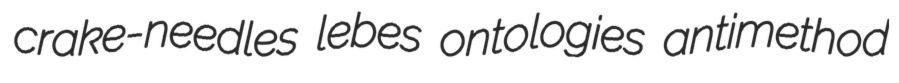
crake-needles lebes ontologies antimethod